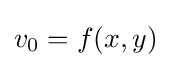
v_{0}=f(x,y)